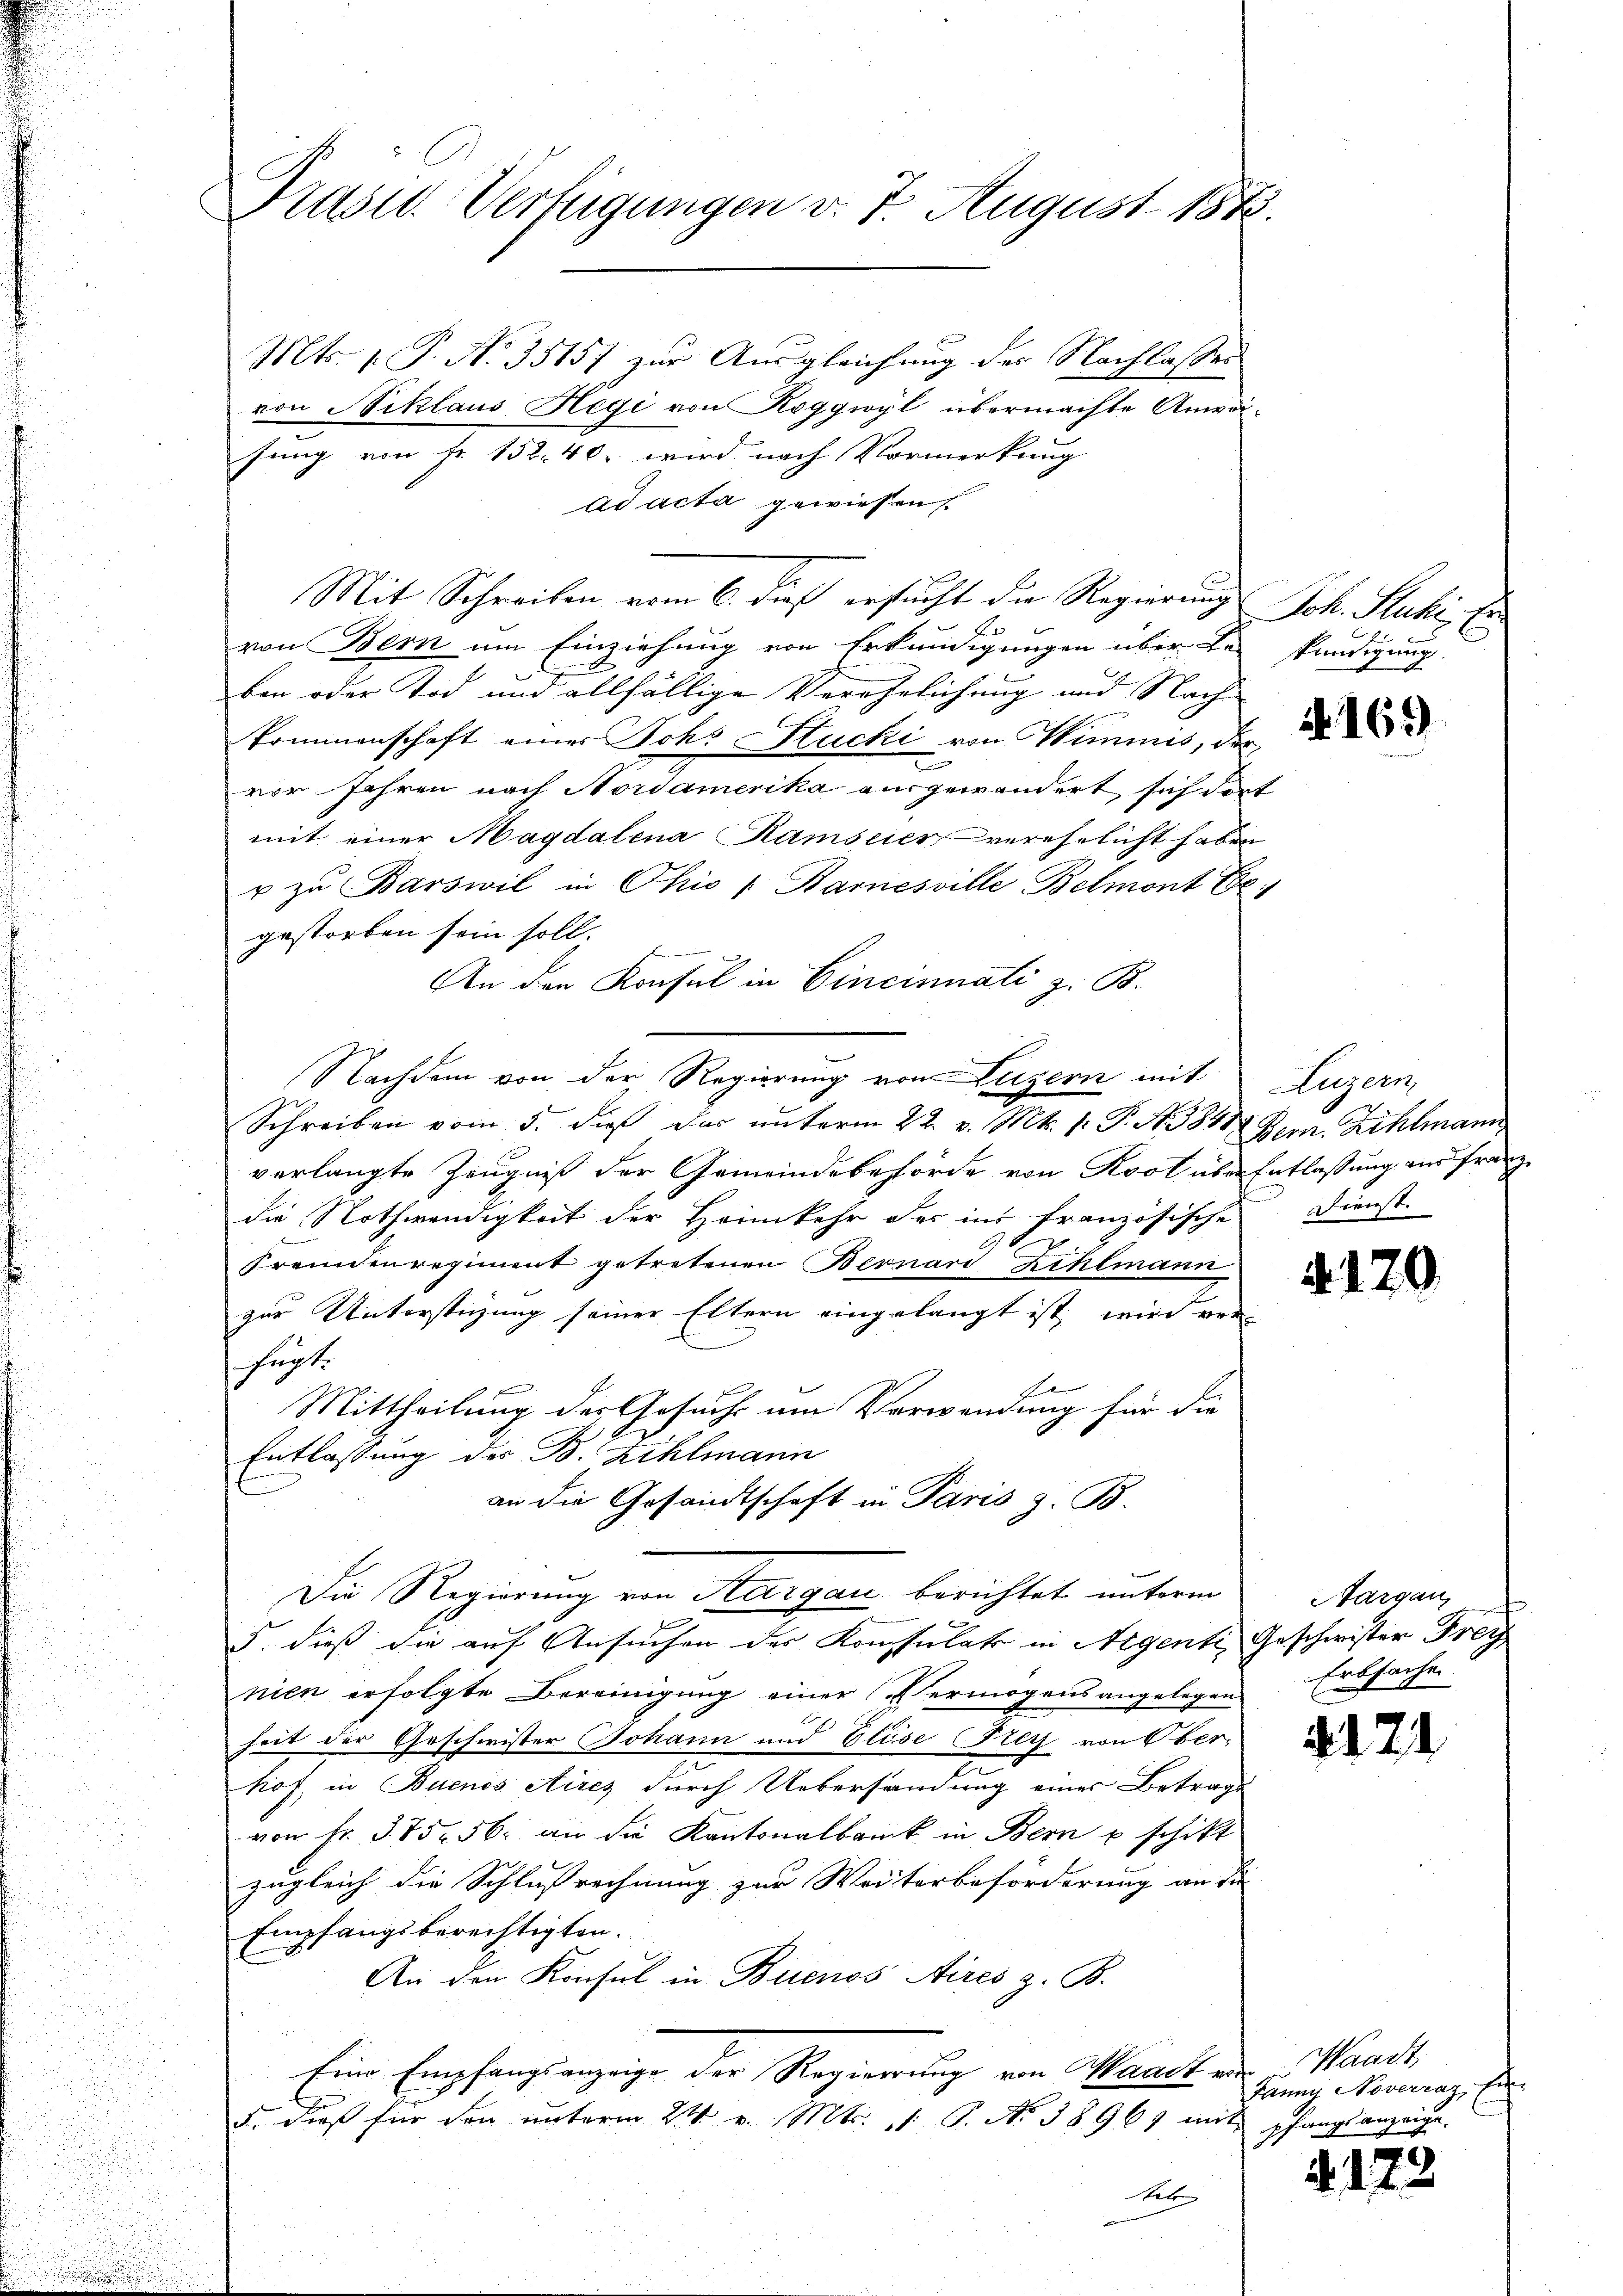
Mts. 1. P. No 35157 zur Ausgleichung der Nachlassen
von Niklaus Hegi von Roggwyl übermachte Anweisung von Fr. 152. 40. wird nach Vormerkung
ad acta gewiesen
Mit Schreiben vom 6. dieß ersucht die Regierungs Joh. Stuhl. Er
von Bern am Einziehung von Erkundigungen über der kündigung.
ben oder Tod und allfällige Verehelichung und Nach
Prunnenschaft einer Joh. Stucki von Wimmes, der
e
vor Jahren nach Nordamerika ausgewandert sich dort
mit einer Magdalena Ramseies verehelicht haben
u zu Barswil in Ohio Bannesville Belmont E.
gestorben sein soll.
An den Konsul in Cincinnati z. B.
Nachdem von der Regierung von Luzern mit
Schreiben vom 5. dieß das unterm 22. v. Mts. 1. P. N. 3841. Bern. Zihlmann
verlangte Zeugniß der Gemeindebehörde von Kost über Entlassung aus Franz
die Nothwendigkeit der Heimkehr der ins französische Dienst
30
Fremdenregiment getretenen Bernari Rehlmann
zur Unterstüzung seiner Eltern eingelangt ist, wird ver-
 fügt.
Ae
Mittheilung des Gesuch am Verwendung für die
Entlassung des B. Zihlmann
an die Gesandtschaft in Paris z. B.
Die Regierung von Aargau berichtet unterm
5. dieß die auf Ansuchen des Konsulats in Aigenti, Geschwister Frey
nien erfolgte Bereinigung einer (Vermögensangelegen
heit der Geschwister Johann und Elise Frey von Ober-
kof in Buenos Aires durch Uebersandung eines Betrags
von Fr. 375. 56. an die Kantonalbank in Bern u schikt
zugleich die Schlussrechnung zur Weiterbeförderung an die |
Empfangsberechtigten.
An den Konsul in Buenos Aires z. B.
Eine Empfangsanzeige der Regierung von Maacken Waadt
5. dieß für den unterm 24. v. Mts. 1. P. No 38961 mit pfangs anzeige.
Mit

Prasil. Verfügungen v. 7. August 1875.

4169

Luzern,

4. 120.

Aargau,
Erbsache.

2121

Janng Noverraz, (

d. 172.